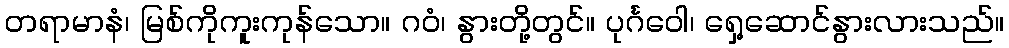
တရာမာနံ၊ မြစ်ကိုကူးကုန်သော။ ဂဝံ၊ နွားတို့တွင်။ ပုင်္ဂဝေါ၊ ရှေ့ဆောင်နွားလားသည်။